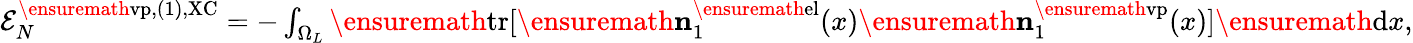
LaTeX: \begin{array}{r}{{\cal E}_{N}^{\ensuremath{\mathrm{vp}},(1),\mathrm{XC}}=-\int_{\Omega_{L}}\ensuremath{\mathrm{tr}}[\ensuremath{\mathbf{n}}_{1}^{\ensuremath{\mathrm{el}}}(x)\ensuremath{\mathbf{n}}_{1}^{\ensuremath{\mathrm{vp}}}(x)]\ensuremath{\mathrm{d}}x,}\end{array}